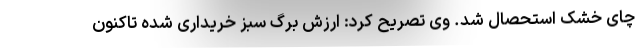
چای خشک استحصال شد. وی تصریح کرد: ارزش برگ سبز خریداری شده تاکنون